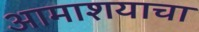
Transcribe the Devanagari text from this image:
आमाशयाचा